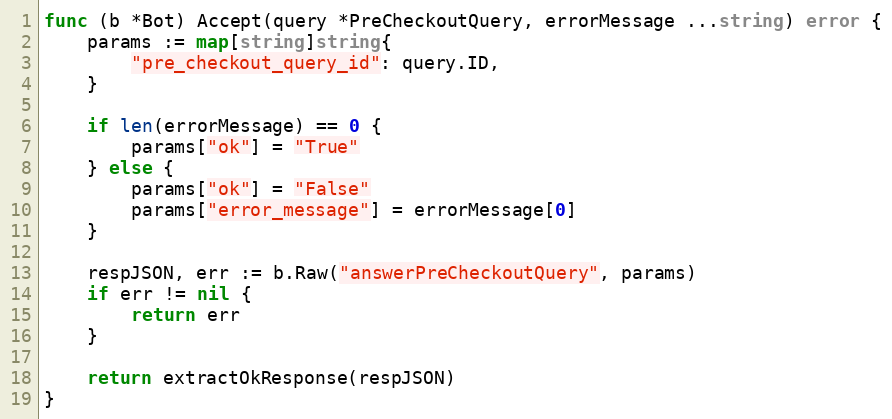
Language: Go
func (b *Bot) Accept(query *PreCheckoutQuery, errorMessage ...string) error {
	params := map[string]string{
		"pre_checkout_query_id": query.ID,
	}

	if len(errorMessage) == 0 {
		params["ok"] = "True"
	} else {
		params["ok"] = "False"
		params["error_message"] = errorMessage[0]
	}

	respJSON, err := b.Raw("answerPreCheckoutQuery", params)
	if err != nil {
		return err
	}

	return extractOkResponse(respJSON)
}